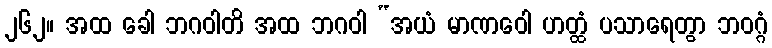
၂၆၂။ အထ ခေါ ဘဂဝါတိ အထ ဘဂဝါ “အယံ မာဏဝေါ ဟတ္ထံ ပသာရေတွာ ဘဝဂ္ဂံ